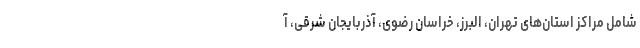
شامل مراکز استان‌های تهران، البرز، خراسان رضوی، آذربایجان شرقی، آ